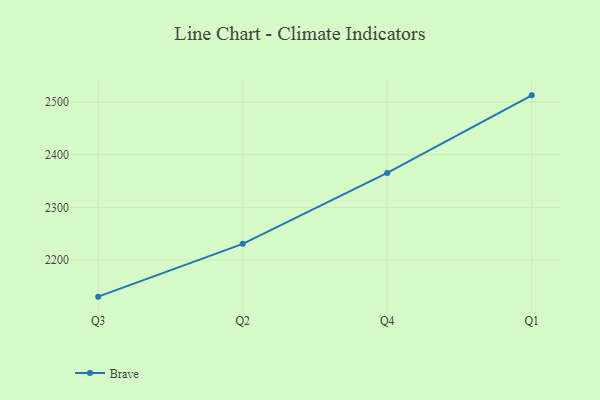
{"axis": {"x": "Quarter", "y": "Bounce Rate (%)"}, "legend": ["Brave"], "data": [{"x": "Q3", "y": 2130.4, "type": "Brave"}, {"x": "Q2", "y": 2230.7, "type": "Brave"}, {"x": "Q4", "y": 2365.5, "type": "Brave"}, {"x": "Q1", "y": 2512.8, "type": "Brave"}]}